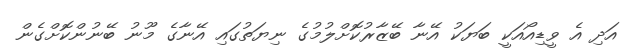
އަދި އެ ވީޑިއޯއަކީ ބަޔަކު އޭނާ ބޭޒާރުކޮށްލުމުގެ ނިޔަތުގައި އޭނާގެ މޫނު ބޭނުންކޮށްގެން